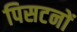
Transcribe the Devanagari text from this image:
पिसटनों